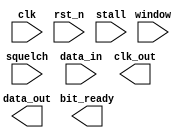
////////////////////////////////////////////////////////////////////////////////
//
//       This confidential and proprietary software may be used only
//     as authorized by a licensing agreement from Synopsys Inc.
//     In the event of publication, the following notice is applicable:
//
//                    (C) COPYRIGHT 2000 - 2018 SYNOPSYS INC.
//                           ALL RIGHTS RESERVED
//
//       The entire notice above must be reproduced on all authorized
//     copies.
//
//
// VERSION:   Verilog Simulation Model for DW_dpll_sd
//
// DesignWare_version: 8875fb34
// DesignWare_release: O-2018.06-DWBB_201806.3
//
////////////////////////////////////////////////////////////////////////////////
// DW_dpll_sd - Digital Phase Lock Loop with Static Divisor
//
//
//	Parameters:
//
//		width      1 to 16
//		divisor    4 to 256
//		gain	   1 to 2
//		filter     0 to 8
//		windows    1 to (divisor+1)/2
//
//
//	Ports:
//
//		clk	   local reference clock input
//		rst_n	   Active low asynch reset input
//		stall	   Active high stall control input **
//		squelch	   Active high lock disable input
//		window	   Sampling window control input bus
//		data_in	   Data input stream bus (PLL locks on bit 0)
//
//		clk_out	   Recovered baud clock output
//		bit_ready  Data bit capture status output (use to enable deserializer)
//		data_out   Data output stream bus
//
//	** NOTE:  The stall control does NOT disable the three-stage input
//		  synchronization registers.
// MODIFICATION:
//
// 08/07/15 RJK Eliminated use of initialized 'reg' variable for NLP compatibility.


module DW_dpll_sd(
		    clk,
		    rst_n,
		    stall,
		    squelch,
		    window,
		    data_in,
		    
		    clk_out,
		    bit_ready,
		    data_out
		    );

parameter integer width = 1;
parameter integer divisor = 4;
parameter integer gain = 1;
parameter integer filter = 2;	// 0 => no correction at +/- 1, 1 => always correct at +/- 1
			// 2-8 => correct at +/- 1 only when N consecutive detect samples
			// are +/- 1 in the SAME direction
parameter integer windows = 1;

localparam O1OOO0O0 = divisor;
localparam ll00OOIO =  ((O1OOO0O0>15)? ((O1OOO0O0>63)? ((O1OOO0O0>127)? 8 : 7) : ((O1OOO0O0>31)? 6 : 5)) : ((O1OOO0O0>4)? ((O1OOO0O0>8)? 4 : 3) : ((O1OOO0O0 > 2)? 2 : 1)));
localparam l1IO10O0 = windows;
localparam O11OO010 =  ((l1IO10O0>15)? ((l1IO10O0>63)? ((l1IO10O0>127)? 8 : 7) : ((l1IO10O0>31)? 6 : 5)) : ((l1IO10O0>4)? ((l1IO10O0>8)? 4 : 3) : ((l1IO10O0 > 2)? 2 : 1)));
localparam I1I11000 = (ll00OOIO - 1);
localparam O1O1l1O1 = ((windows/2)+1);
localparam O0111IOl = ((windows+1)/2);

localparam Ol0O1010 = 0;
localparam lIOOlOOO = ( divisor-1 );
localparam IOl10000 = ((divisor-1)/2);
localparam I01I0l1l = -99999999;
localparam l011IlOO = 2;

input			clk, rst_n, stall, squelch;
input [width-1 : 0]	data_in;
input [O11OO010-1:0] window;

output			clk_out, bit_ready;
output [width-1 : 0]	data_out;

// synopsys translate_off


reg 			l0OI10O1;
reg    [width-1 : 0]	O10IOO10;

reg [width-1 : 0] Ol0011O1, Ol10l011, II00lO0O;
reg O101OOO1, lI0100I0, l101l0O0, OIllOO00;
reg [O1O1l1O1*width-1:0] l11I0OOO;
reg [O1O1l1O1*width-1:0] O0OOOOIO;
reg [O0111IOl*width-1:0] OOIOOIO0;
reg [O0111IOl*width-1:0] O011IO1l;
reg  [width-1:0] l1010110;

wire l0I10OI0, IOl1llII, O10l0I01;
wire IOO1Ol01, OlO1000I, l00IOO01;
integer OOIlI1OO, IO010l10;
integer OlllO001, O01000OO;


    // connect registered outputs to their ports
    assign clk_out = OIllOO00;
    assign bit_ready = l0OI10O1;
    assign data_out = O10IOO10;
    
    
    //
    assign l0I10OI0 = ~squelch & (O0OOOOIO[0] ^ O011IO1l[0]);
    

    // sequential block
    always @ (posedge clk or negedge rst_n) begin : P_clk_registers_PROC
	
	if (rst_n == 0) begin
	    Ol0011O1 <= {width{1'b0}};
	    Ol10l011 <= {width{1'b0}};
	    II00lO0O <= {width{1'b0}};
	    O101OOO1 <= 1'b0;
	    l0OI10O1 <= 1'b0;
	    O10IOO10 <= {width{1'b0}};
	    lI0100I0 <= 1'b0;
	    l101l0O0 <= 0;
	    l11I0OOO <= {width*O1O1l1O1{1'b0}};
	    OOIOOIO0 <= {width*O0111IOl{1'b0}};
	    OlllO001 <= IOl10000;
	    OOIlI1OO <= filter-1;
	    OIllOO00 <= 1'b0;
	end else begin

	    if (rst_n === 1) begin
		
		Ol0011O1 <= data_in;
		Ol10l011 <= Ol0011O1;
		II00lO0O <= Ol10l011;

		if (stall === 0) begin
		    O101OOO1 <= l0I10OI0;
		    l0OI10O1 <= IOl1llII;
		    O10IOO10 <= l1010110;
		    lI0100I0 <= O10l0I01;
		    l101l0O0 <= IOO1Ol01;
		    OOIOOIO0 <= O011IO1l;
		    l11I0OOO <= O0OOOOIO;
		    OlllO001 <= O01000OO;
		    OOIlI1OO <= IO010l10;
		    OIllOO00 <= OlO1000I;
		
		end else begin
		
		    if (stall === 1) begin
			O101OOO1 <= O101OOO1;
			l0OI10O1 <= l0OI10O1;
			O10IOO10 <= data_out;
			lI0100I0 <= lI0100I0;
			l101l0O0 <= l101l0O0;
			OOIOOIO0 <= OOIOOIO0;
			l11I0OOO <= l11I0OOO;
			OlllO001 <= OlllO001;
			OOIlI1OO <= OOIlI1OO;
			OIllOO00 <= OIllOO00;
			
		    end else begin
			O101OOO1 <= 1'bx;
			l0OI10O1 <= 1'bx;
			O10IOO10 <= {width{1'bx}};
			lI0100I0 <= 1'bx;
			l101l0O0 <= 1'bx;
			l11I0OOO <= {width*O1O1l1O1{1'bx}};
			OOIOOIO0 <= {width*O0111IOl{1'bx}};
			OlllO001 <= I01I0l1l;
			OOIlI1OO <= I01I0l1l;
			OIllOO00 <= 1'bx;
			
		    end // if-else
		
		end // if-else

	    end else begin
		Ol0011O1 <= {width{1'bx}};
		Ol10l011 <= {width{1'bx}};
		II00lO0O <= {width{1'bx}};
		O101OOO1 <= 1'bx;
		l0OI10O1 <= 1'bx;
		O10IOO10 <= {width{1'bx}};
		lI0100I0 <= 1'bx;
		l101l0O0 <= 1'bx;
		l11I0OOO <= {width*O1O1l1O1{1'bx}};
		OOIOOIO0 <= {width*O0111IOl{1'bx}};
		OlllO001 <= I01I0l1l;
		OOIlI1OO <= I01I0l1l;
		OIllOO00 <= 1'bx;

	    end
	end

    end // DW_IIO11Il1
    
    
    // 

    assign IOO1Ol01 = 
		
		(O101OOO1==1'b1)? (
		    
		    ((OlllO001==(IOl10000+1)) || (OlllO001==(IOl10000-1)))? 1 : 0
		
		) : (
		
		    l101l0O0
		
		);

    
    // 

    always @ (l11I0OOO or II00lO0O) begin : P_mk_nxt_e_samples_PROC
	integer I1lO1O00;
	
	O0OOOOIO[O1O1l1O1*width-1:(O1O1l1O1-1)*width] = II00lO0O;
	
	for (I1lO1O00=0 ; I1lO1O00 < (O1O1l1O1-1)*width ; I1lO1O00=I1lO1O00+1) begin
	    O0OOOOIO[I1lO1O00] = l11I0OOO[I1lO1O00+width];
	end // for
    end // DW_O00l1l1I
    
    
    // 

    always @ (l11I0OOO or OOIOOIO0) begin : P_mk_nxt_l_samples_PROC
	integer I1lO1O00;
	
	for (I1lO1O00=0 ; I1lO1O00 < width ; I1lO1O00=I1lO1O00+1) begin
	    O011IO1l[I1lO1O00] = l11I0OOO[I1lO1O00];
	end // for
	
	if (O0111IOl > 1) begin
	    
	    for (I1lO1O00=0 ; I1lO1O00 < (O0111IOl-1)*width ; I1lO1O00=I1lO1O00+1) begin
		O011IO1l[I1lO1O00+width] = OOIOOIO0[I1lO1O00];
	    end // for
	end // if
    end // DW_lIIlI11I
    
    
    // 

    assign IOl1llII =  (OlllO001 < Ol0O1010)? (

			    1'bx
			
			) : (

			    ((OlllO001 == lIOOlOOO) && (O101OOO1==1'b0))?
				1'b1
			    :
				1'b0
			);
    
    
    // 

    assign OlO1000I = (O01000OO > IOl10000)? 1 : 0;
    
    
    // 

    always @ (IOl1llII or window or l11I0OOO or OOIOOIO0) begin : P_mk_next_data_out_PROC
	integer I1lO1O00, lO1OOOO0;
	lO1OOOO0 = (windows > 1)? (
			(window < windows)?
			    window
			:
			    windows-1
		    ) :
			0;
	
	if (IOl1llII == 1'b1) begin
	    for (I1lO1O00=0 ; I1lO1O00 < width ; I1lO1O00=I1lO1O00+1) begin
		if (lO1OOOO0 % 2) begin
		    l1010110[I1lO1O00] = OOIOOIO0[(lO1OOOO0/2)*width+I1lO1O00];
		end else begin
		    l1010110[I1lO1O00] = l11I0OOO[(lO1OOOO0/2)*width+I1lO1O00];
		end // if-else
	    end // for
	
	end else begin
	    l1010110 = O10IOO10;
	
	end // if-else
    
    end // DW_O10l100I
    
    
    // 

    assign O10l0I01 = (O101OOO1 == 1'b1)? OIllOO00 : lI0100I0;
    
    
    // 

    assign l00IOO01 = ~((OIllOO00 ^ lI0100I0) & l101l0O0);


    // 

    always @ (OlllO001 or O101OOO1 or OOIlI1OO or l00IOO01) begin : P_mk_next_count_PROC
    
	O01000OO =
	
	    (O101OOO1 == 1'b0)? (
		
		(OlllO001 == lIOOlOOO)?
		    Ol0O1010
		:
		    OlllO001 + 1
	    
	    ) : (
	    
		((OlllO001!==(IOl10000+1)) && (OlllO001!==(IOl10000-1)))? (
		    
		    ((gain==1) && (OlllO001!==IOl10000))? (
		    
			(OlllO001 > IOl10000)?
			    OlllO001 - ((OlllO001-IOl10000+1)/l011IlOO) + 1
			:
			    OlllO001 + ((IOl10000-OlllO001)/l011IlOO) + 1
		    ) :
		    
			IOl10000 + 1
		
		) : (
		
		    (filter > 1)? (
		    
			((OOIlI1OO===0) && l00IOO01)?
			    IOl10000 + 1
			:
			    OlllO001 + 1
		    
		    ) : (
		
			(filter == 1)?
			    IOl10000 + 1
			:
			    OlllO001 + 1
		    )
		)
	    );
    end // DW_Ol1IOI0O


    // 

    always @ (O101OOO1 or OOIlI1OO or OlllO001 or l00IOO01) begin : P_mk_next_filt_count_PROC

	if (filter>1) begin
	
	    if (((OlllO001==(IOl10000+1))||(OlllO001==(IOl10000-1))) && (O101OOO1==1'b1)) begin
	
		if ((l00IOO01==1'b1) && (OOIlI1OO>0)) begin
		    IO010l10 = OOIlI1OO - 1;
		end else begin
		
		    if ((l00IOO01==1'b1) && (OOIlI1OO==0)) begin
			IO010l10 = filter-1;
		    end else begin
			IO010l10 = filter - 2;
		    end // if-else
			
		end // if-else
	
	    end else begin
	
		IO010l10 = (O101OOO1==1'b1)? filter-1 : OOIlI1OO;
	    
	    end // if-else
	end else begin
	
	    IO010l10 = 0;
	
	end // if-else
    end // DW_OO10O11O
    
    
    
 
  initial begin : parameter_check
    integer param_err_flg;

    param_err_flg = 0;
    
	
    if ( (width < 1) || (width > 16 ) ) begin
      param_err_flg = 1;
      $display(
	"ERROR: %m :\n  Invalid value (%O1OOO0O0) for parameter width (legal range: 1 to 16 )",
	width );
    end
	
    if ( (divisor < 4) || (divisor > 256 ) ) begin
      param_err_flg = 1;
      $display(
	"ERROR: %m :\n  Invalid value (%O1OOO0O0) for parameter divisor (legal range: 4 to 256 )",
	divisor );
    end
	
    if ( (gain < 1) || (gain > 2 ) ) begin
      param_err_flg = 1;
      $display(
	"ERROR: %m :\n  Invalid value (%O1OOO0O0) for parameter gain (legal range: 1 to 2 )",
	gain );
    end
	
    if ( (filter < 0) || (filter > 8 ) ) begin
      param_err_flg = 1;
      $display(
	"ERROR: %m :\n  Invalid value (%O1OOO0O0) for parameter filter (legal range: 0 to 8 )",
	filter );
    end
	
    if ( (windows < 1) || (windows > (divisor+1)/2 ) ) begin
      param_err_flg = 1;
      $display(
	"ERROR: %m :\n  Invalid value (%O1OOO0O0) for parameter windows (legal range: 1 to (divisor+1)/2 )",
	windows );
    end
    
    if ( param_err_flg == 1) begin
      $display(
        "%m :\n  Simulation aborted due to invalid parameter value(s)");
      $finish;
    end

  end // parameter_check 

    
    
    
  always @ (clk) begin : P_monitor_clk 
    if ( (clk !== 1'b0) && (clk !== 1'b1) && ($time > 0) )
      $display( "WARNING: %m :\n  at time = %t, detected unknown value, %b, on clk input.",
                $time, clk );
    end // P_monitor_clk 


// synopsys translate_on

endmodule